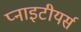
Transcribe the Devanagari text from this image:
प्नाइटीयर्स